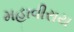
મહાવીરાય